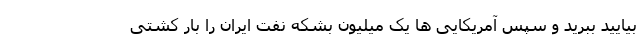
بیایید ببرید و سپس آمریکایی ها یک میلیون بشکه نفت ایران را بار کشتی